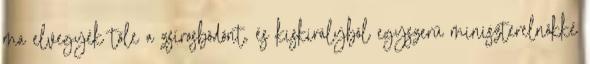
má elvegyék tőle a zsírosbödönt, és kiskirályból egyszerű miniszterelnökké